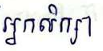
អ្នកសិក្សា